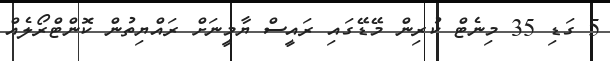
5 ގަޑި 35 މިނެޓް ކުރިން މޭޑޭގައި ރައީސް ޔާމީނަށް ރައްޔިތުން ކޮންޓްރޯލެއް